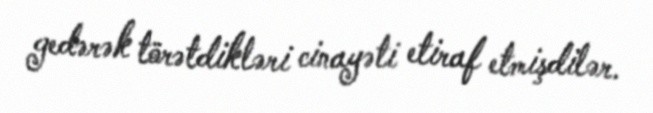
gedərək törətdikləri cinayəti etiraf etmişdilər.